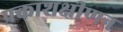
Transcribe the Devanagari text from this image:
प्रकाशक्षीणन